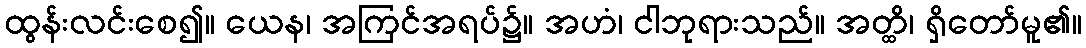
ထွန်းလင်းစေ၍။ ယေန၊ အကြင်အရပ်၌။ အဟံ၊ ငါဘုရားသည်။ အတ္ထိ၊ ရှိတော်မူ၏။